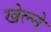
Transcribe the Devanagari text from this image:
खेल्ने